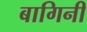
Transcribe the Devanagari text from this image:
बागिनी